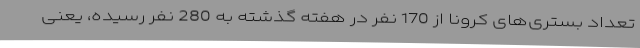
تعداد بستری‌های کرونا از 170 نفر در هفته گذشته به 280 نفر رسیده، یعنی